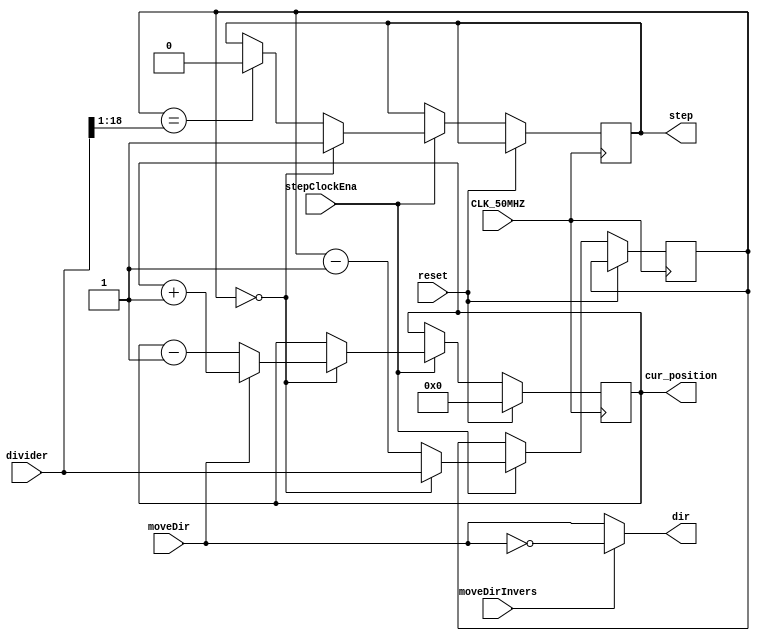
module motorCtrlSimple(
	input CLK_50MHZ,
	input reset,
	input [19:0] divider,
	input moveDir,
	input moveDirInvers,
	input stepClockEna,	
	output dir,
	output reg step,
	output reg signed [31:0] cur_position = 0
);

reg [19:0] clockCounter = 0;

assign dir = moveDirInvers?~moveDir : moveDir;
always @(posedge CLK_50MHZ) begin
	if(reset) begin
		cur_position <= 32'h0;	
	end
	else if(stepClockEna) begin 			
		if(clockCounter == 0) begin
			clockCounter <= divider;
			step <= 1'b1;			
			//deltaPosLoc <= deltaPosLoc - 1;
			//deltaPosCur <= deltaPosCur + 16'h1;
			if(moveDir==1'b1) begin
				cur_position <= cur_position + 32'h1;
			end
			else if(moveDir==1'b0) begin
				cur_position <= cur_position - 32'h1;
			end
	
		end
		else begin
			clockCounter <= clockCounter - 1;
			if(clockCounter == {1'b0, divider[18:1]}) 
				step <= 1'b0;							
		end		
	end
end
endmodule